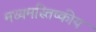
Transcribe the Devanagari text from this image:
मध्यमस्तिष्कीय